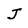
Character: J